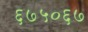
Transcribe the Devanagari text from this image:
६७५०६७